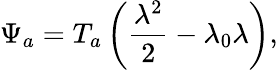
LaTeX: \Psi_{a}=T_{a}\left(\frac{\lambda^{2}}{2}-\lambda_{0}\lambda\right),